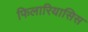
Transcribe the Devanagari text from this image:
फिलारियासिस